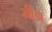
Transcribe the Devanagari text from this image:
भींडा